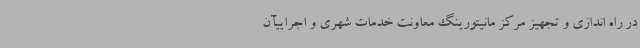
در راه اندازی و تجهیز مرکز مانیتورینگ معاونت خدمات شهری و اجراییآن